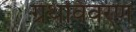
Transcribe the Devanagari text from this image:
ग्रंथविवरण